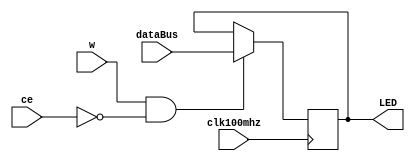
`timescale 1ns / 1ps
module sramR(
input clk100mhz,
input w,ce,
input [15:0] dataBus,
output [15:0]LED
    );
    reg [15:0]data;
    always@(posedge clk100mhz)
    begin
    if(w&&(ce==0))begin
    data <= dataBus;
    end
    end
    /*if(changeaddr==0) addrBus= addrBus1;
    else if(changeaddr)  addrBus= addrBus1;*/
    assign LED=data;
endmodule